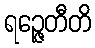
ရဉ္ဇေတီတိ